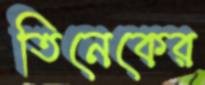
তিনেকের